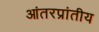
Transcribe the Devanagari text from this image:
आंतरप्रांतीय